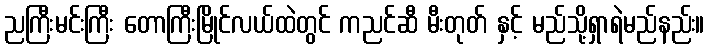
ညကြီးမင်းကြီး တောကြီးမြိုင်လယ်ထဲတွင် ကညင်ဆီ မီးတုတ် နှင့် မည်သို့ရှာရဲမည်နည်း။